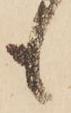
も